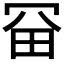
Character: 𠖋